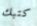
كتبك